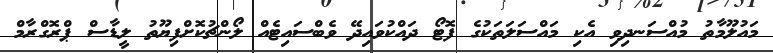
މައުލޫމާތު މުއްސަނދިވި އެކި މައްސަލަތަކުގެ ފޮޓޯ ދައްކުވައިދޭ ވެބްސައިޓެއް ލޯންޗުކޮށްފިޔޫތު ލީޑާސް ޕްރޮގްރާމް